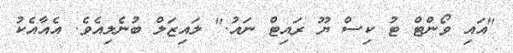
"އައި ވޯންޓް ޓު ކިސް ޔޫ ރައިޓް ނައު." ލައިޒަލް ބުނެލިއެވެ. އެއާއެކު